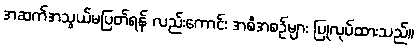
အဆက်အသွယ်မပြတ်ရန် လည်းကောင်း အစီအစဉ်များ ပြုလုပ်ထားသည်။